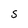
Character: S